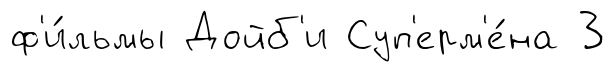
ф'и́льмы Дойб'и Суп'ерм'е́на 3